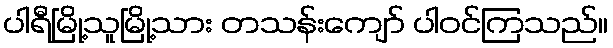
ပါရီမြို့သူမြို့သား တသန်းကျော် ပါဝင်ကြသည်။